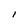
Character: l